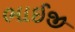
ભાઈજી